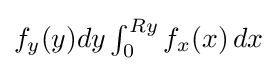
{\textstyle f_{y}(y)dy\int _{0}^{Ry}f_{x}(x)\,dx}